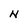
Character: N